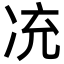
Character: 㓍